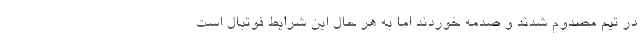
در تیم مصدوم شدند و صدمه خوردند اما به هر حال این شرایط فوتبال است